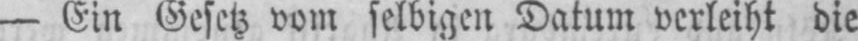
- Ein Gesetz vom selbigen Datum verleiht die